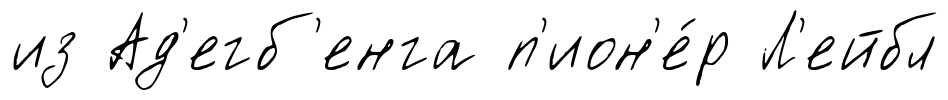
из Ад'егб'енга п'ион'е́р Л'ейбл